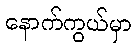
နောက်ကွယ်မှာ